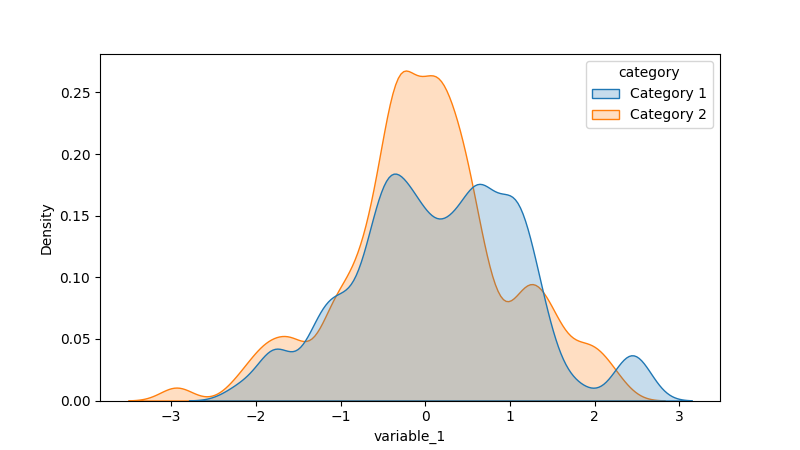
python, seaborn, kdeplot, hue='category', fill=True, bw_adjust=0.5